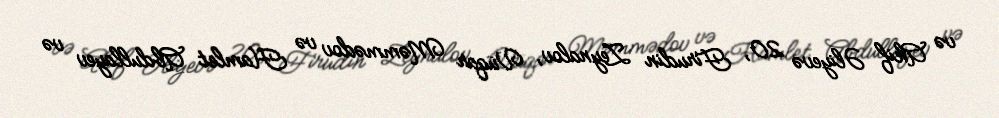
və Akif Əliyevə 20, Firudin Zeynalov, Vüqar Məmmədov və Hamlet Abdullayev və